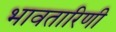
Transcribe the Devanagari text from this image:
भावतारिणी